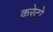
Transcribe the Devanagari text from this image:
करेटो